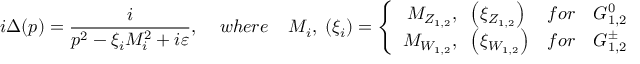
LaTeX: i \Delta ( p ) = \frac { i } { p ^ { 2 } - \xi _ { i } M _ { i } ^ { 2 } + i \varepsilon } , \; \; \; \; w h e r e \; \; \; \; M _ { i } , \; ( \xi _ { i } ) = \left\{ \begin{array} { c c l } { { M _ { Z _ { 1 , 2 } } , \; \; \left( \xi _ { Z _ { 1 , 2 } } \right) } } & { { f o r } } & { { { G } _ { 1 , 2 } ^ { 0 } } } \\ { { M _ { W _ { 1 , 2 } } , \; \; \left( \xi _ { W _ { 1 , 2 } } \right) } } & { { f o r } } & { { { G } _ { 1 , 2 } ^ { \pm } } } \end{array} \; \; \; . \right.